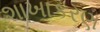
શાખાકરણ